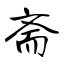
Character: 斋